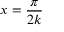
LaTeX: x = { \frac { \pi } { 2 k } }